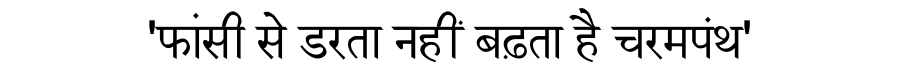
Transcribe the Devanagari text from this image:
'फांसी से डरता नहीं बढ़ता है चरमपंथ'